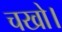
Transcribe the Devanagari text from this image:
चखो।